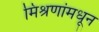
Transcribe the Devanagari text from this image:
मिश्रणांमधून